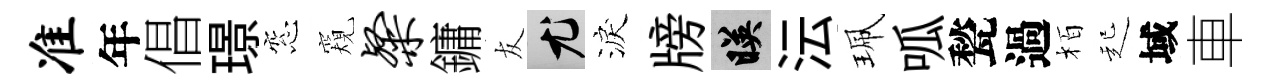
准年倡璟窓窺粲鏞友尤淚牓映沄珮呱甃過栢起域車